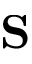
\mathbf { S }